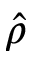
\hat { \rho }